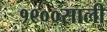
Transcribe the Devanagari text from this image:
१९००साली